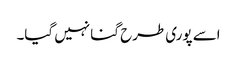
اسے پوری طرح گنا نہیں گیا۔